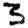
Digit: 3